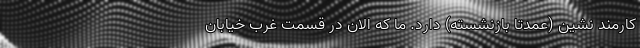
کارمند نشین (عمدتاً بازنشسته) دارد. ما که الان در قسمت غرب خیابان